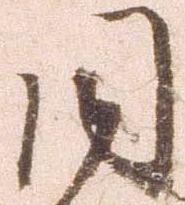
同